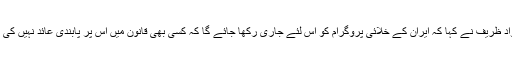
محمد جواد ظریف نے کہا کہ ایران کے خلائی پروگرام کو اس لئے جاری رکھا جائے گا کہ کسی بھی قانون میں اس پر پابندی عائد نہیں کی گئی ہے۔